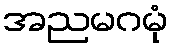
အညမဂမုံ